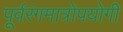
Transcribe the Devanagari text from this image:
पूर्वरंगमात्रोपयोगी